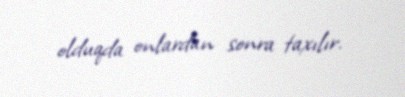
olduqda onlardan sonra taxılır.